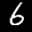
Label: 6